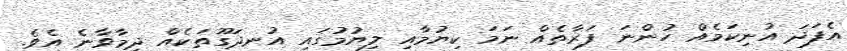
އެފަދަ އުނިކަމެއް ހުންނަ ފަރާތެއް ނަމަ ކިޔުމާއި ލިޔުމުގައި އުނދަގޫތަކެއް ދިމާވާނެ އެވެ.